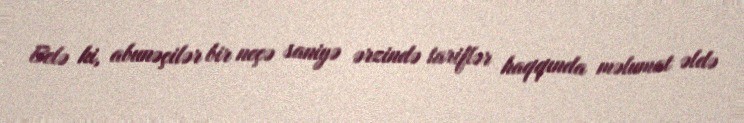
Belə ki, abunəçilər bir neçə saniyə ərzində tariflər haqqında məlumat əldə